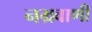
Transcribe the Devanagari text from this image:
नम्रवाणी